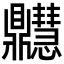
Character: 𪔊